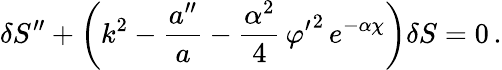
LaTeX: \delta S^{\prime\prime}+\left(k^{2}-\frac{a^{\prime\prime}}{a}-\frac{\alpha^{2}}{4}\, {\varphi^{\prime}}^{2}\, e^{-\alpha\chi}\right)\delta S=0\, .